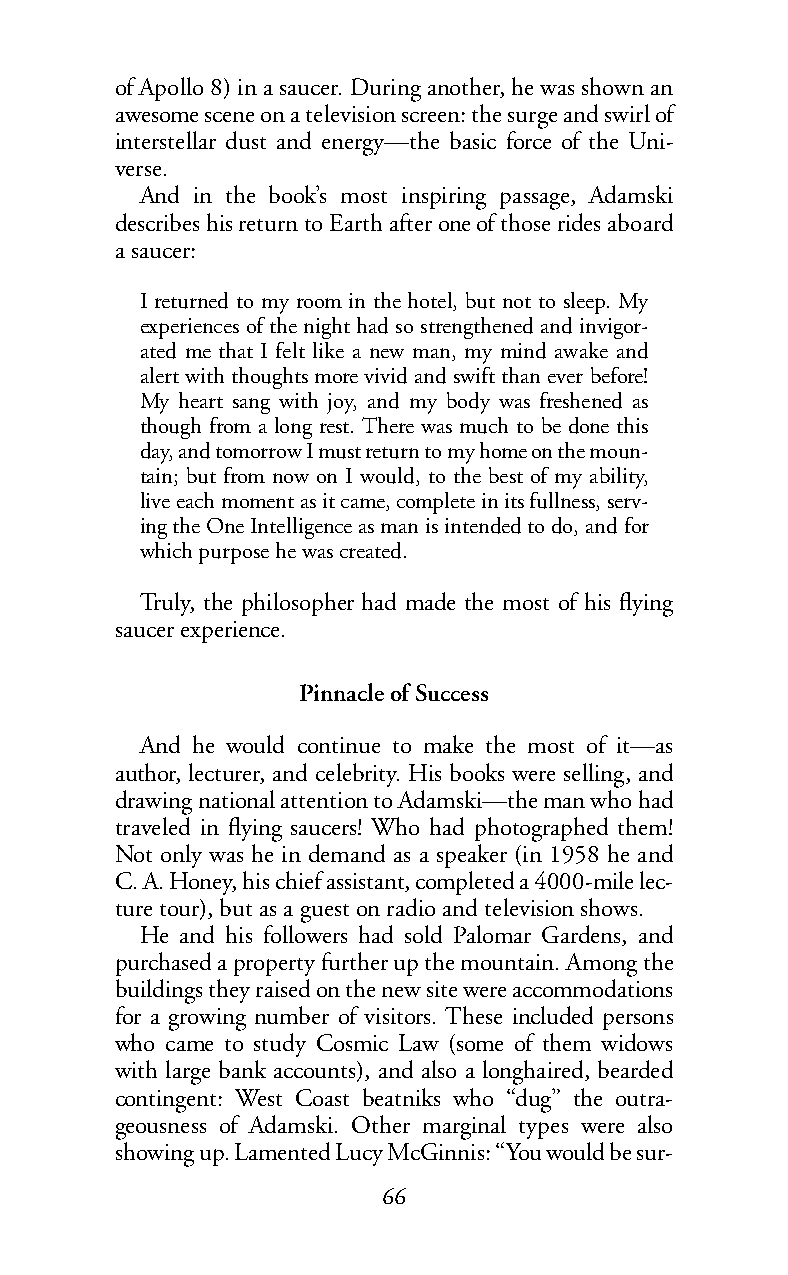
of Apollo 8) in a saucer. During another, he was shown an
 awesome scene on a television screen: the surge and swirl of
 interstellar dust and energy—the basic force of the Uni-
 verse.
 And in the book’s most inspiring passage, Adamski
 describes his return to Earth after one of those rides aboard
 asaucer:
 I returned to my room in the hotel, but not to sleep. My
 experiences of the night had so strengthened and invigor-
 ated me that I felt like a new man, my mind awake and
 alert with thoughts more vivid and swift than ever before!
 My heart sang with joy, and my body was freshened as
 though from a long rest. There was much to be done this
 day, and tomorrow I must return to my home on the moun-
 tain; but from now on I would, to the best of my ability,
 live each moment as it came, complete in its fullness, serv-
 ing the One Intelligence as man is intended to do, and for
 which purpose he was created.
 Truly, the philosopher had made the most of his flying
 saucer experience.
 Pinnacle of Success
 And he would continue to make the most of it—as
 author, lecturer, and celebrity. His books were selling, and
 drawing national attention to Adamski—the man who had
 traveled in flying saucers! Who had photographed them!
 Not only was he in demand as a speaker (in 1958 he and
 C.A. Honey, his chief assistant, completed a 4000-mile lec-
 ture tour), but as a guest on radio and television shows.
 He and his followers had sold Palomar Gardens, and
 purchased a property further up the mountain. Among the
 buildings they raised on the new site were accommodations
 for a growing number of visitors. These included persons
 who came to study Cosmic Law (some of them widows
 with large bank accounts), and also a longhaired, bearded
 contingent: West Coast beatniks who “dug” the outra-
 geousness of Adamski. Other marginal types were also
 showing up. Lamented Lucy McGinnis: “You would be sur-
 